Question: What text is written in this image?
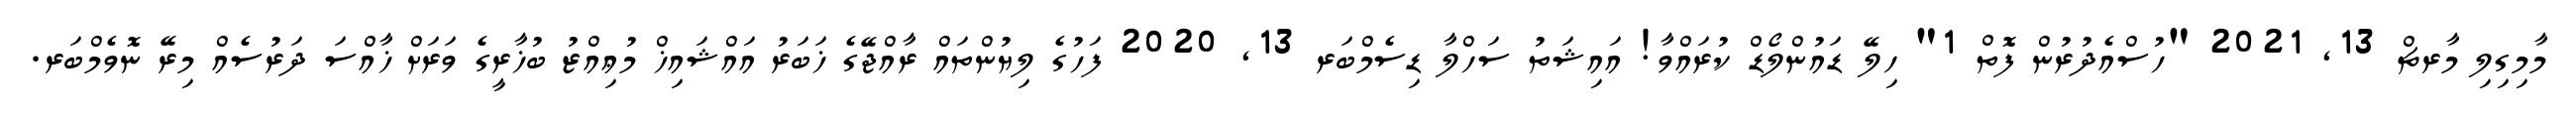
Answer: މާމިގިލި މާރޗް 13, 2021 "ހުސްއެދުރުން ފޮތް 1" ހިލޭ ޑައުންލޯޑް ކުރައްވާ! އައިޝަތު ސަހްލާ ޑިސެމްބަރ 13, 2020 ފަހުގެ ލިޔުންތައް ރާއްޖޭގެ ޚަބަރު އައްޝައިޚް މުޢިއްޒު ބުޚާރީގެ ވަރަށް ޚާއްސަ ދަރުސެއް މިރޭ ނޮވެމްބަރ.